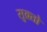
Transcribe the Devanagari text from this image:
सुक्र्तो